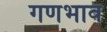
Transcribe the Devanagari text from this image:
गणभाव